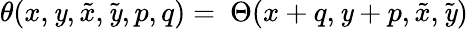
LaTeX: \theta(x,\mathit{y},\tilde{{x}},\tilde{{\mathit{y}}},p,q)=\ \Theta(x+q,\mathit{y}+p,\tilde{{x}},\tilde{{\mathit{y}}})